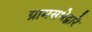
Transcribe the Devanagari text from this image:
ग्रामसभेद्वारे